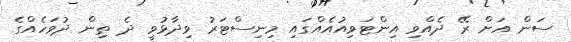
ސަން އަށް ރޭ ދެއްވި އިންޓަވިއުއެއްގައި މިނިސްޓަރު ވިދާޅުވީ ދެ ތިން ދުވަހެއްގެ